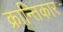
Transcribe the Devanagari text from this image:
क्रान्तिकार